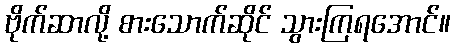
ဗိုက်ဆာလို့ စားသောက်ဆိုင် သွားကြရအောင်။